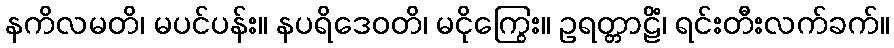
နကိလမတိ၊ မပင်ပန်း။ နပရိဒေဝတိ၊ မငိုကြွေး။ ဥရတ္တာဠိံ၊ ရင်းတီးလက်ခက်။